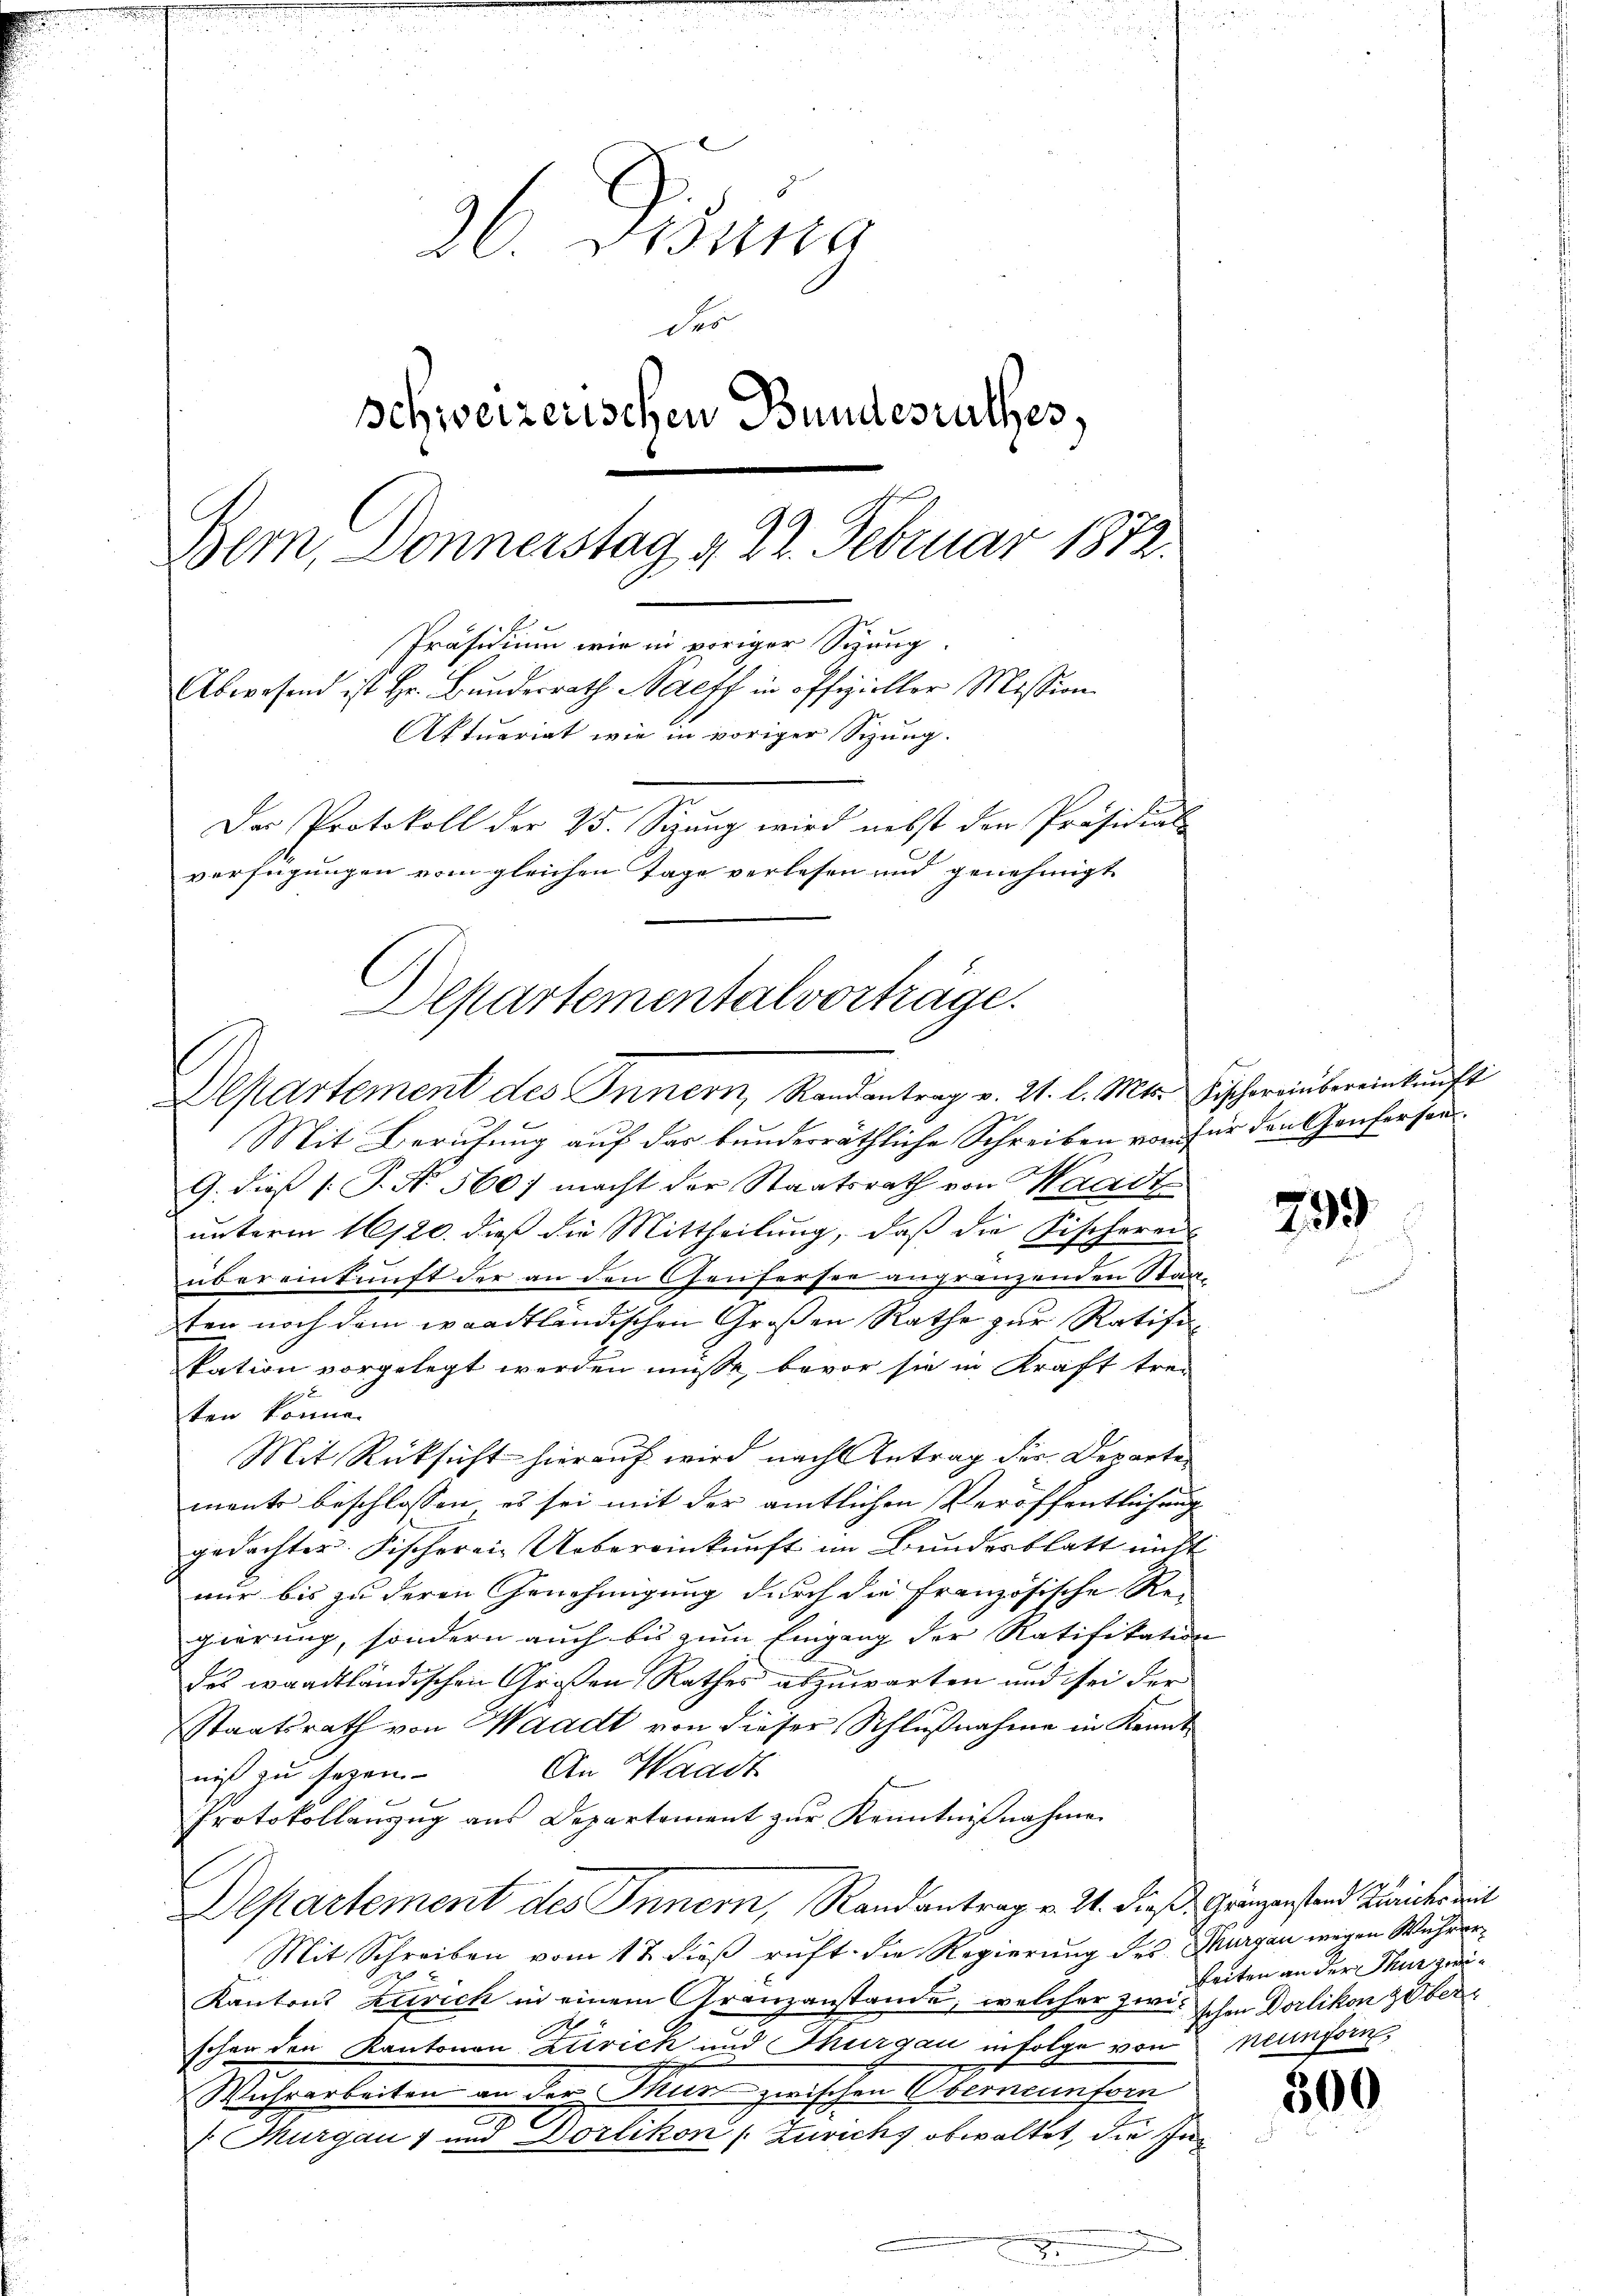
2. Bisung
der
schweizerischen Bundesrathes,
Bern Donnerstag g 22. Februar 1872.
Präsidium wie in voriger Sitzung
Abwesend ist Hr. Bunderrath Harff in offizieller Mission
Aktuariat wie in voriger Sitzung.
Der Protokoll der 25. Sizŭng wird nebst den Präsidial-
verfügungen vom gleichen Tage verlesen und genehmigt

Departementalvorträge.
Departement des Innern, Randantrag v. 21. l. Mts. Tischereinbereinkunft

Mit Berufung auf das bunderräthliche Schreiben von für den Genfersen¬
G. dieß (: P. Nr. 560) macht der Staatsrath von Waadt
unterm 16/20. dieß die Mittheilung, daß die Fischereis
übereinkunft der an den Genfersee angränzenden Staasten noch dem waadtländischen Großen Rathe zur Ratifikation vorgelegt werden müsse, bevor sie in Kraft trei
ten könne.
Mit Rücksicht hierauf wird nach Antrag der Departemente beschlossen es sei mit der amtlichen Veröffentlichung
gedachter. Fischerein Uebereinkunft im Bundesblatt nicht
nur bis zu deren Genehmigung durch die Französische Re-
gierung, sondern auch bis zum Eingang der Ratifikation
des waadtländischen Großen Rathes abzuwarten und sei der
Staatsrath von Waadt von dieser Schlußnahme in Kennt¬
An Waadt
niß zu sezen
t
Protokollanzŭg aŭs Departement zŭr Kenntniβnahme
Departement des Innern, Randantrag v. 2. Dieß Gränzenstand Zürichs mit
Mit Schreiben vom 17. dieß ruft. Die Regierung des Thurgau wegen Wuhrer¬
Kantons Zürich in einem Granzanstande, welcher zwi¬
1
schen den Kantonen Zürick und Thurgau infolge von neunforn,
Micharbeiten an den Mun zwischen Oberneunfor
 Thurgau 1 und Dorlikon (: Zürich, obwaltet, die In¬

299

keiten an der Thur zwischen Dorlikon & Ober¬

300